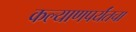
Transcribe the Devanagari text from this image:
कल्याणपर्यंतचा